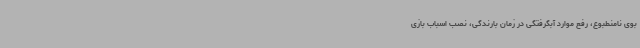
بوی نامنطبوع، رفع موارد آبگرفتگی در زمان بارندگی، نصب اسباب بازی